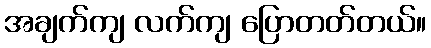
အချက်ကျ လက်ကျ ပြောတတ်တယ်။